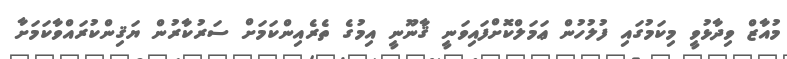
މުއާޒް ވިދާޅުވީ މިކަމުގައި ފުލުހުން ޢަމަލްކޮށްފައިވަނީ ޤާނޫނީ އިމުގެ ތެރެއިންކަމަށް ސަރުކާރުން ޔަޤިންކުރައްވާކަމަށާ